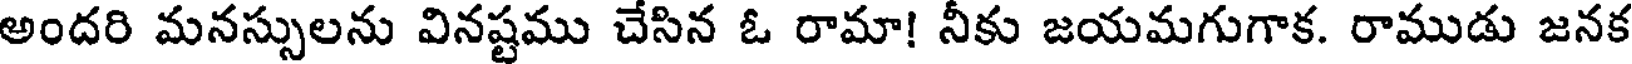
అందరి మనస్సులను వినష్టము చేసిన ఓ రామా! నీకు జయమగుగాక. రాముడు జనక